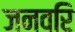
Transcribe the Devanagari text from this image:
जनवरि